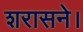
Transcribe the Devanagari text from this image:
शरासने।